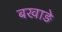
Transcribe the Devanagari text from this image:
बखाड़े